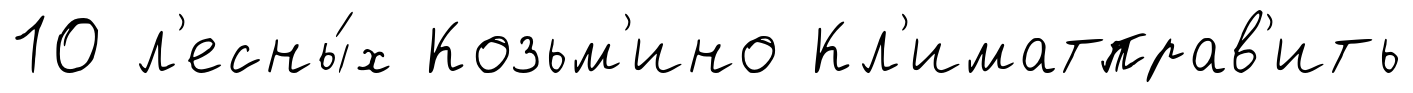
10 л'есны́х Козьм'ино Кл'иматправ'ить